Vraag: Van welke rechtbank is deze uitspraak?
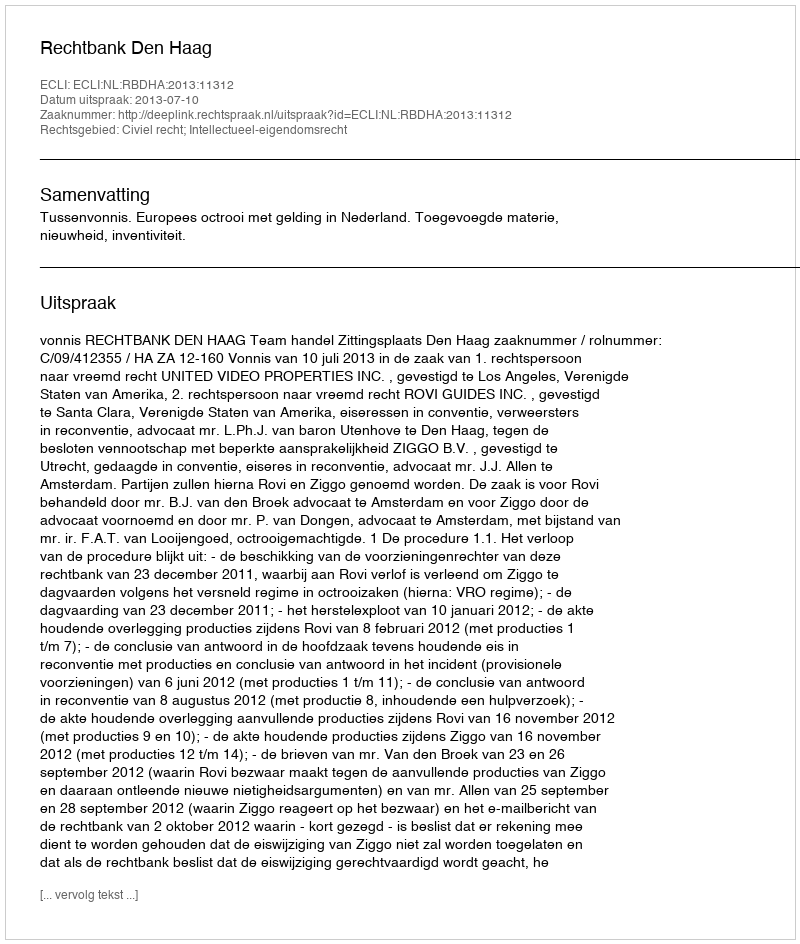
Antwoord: Rechtbank Den Haag